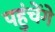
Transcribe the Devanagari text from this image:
पहुंचेंगे